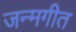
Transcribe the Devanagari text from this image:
जन्मगीत